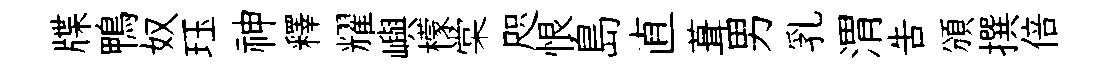
牒鴨奴珏神釋耀嶼檬棠咫恨島直葺男乳渭吿頒撰倍